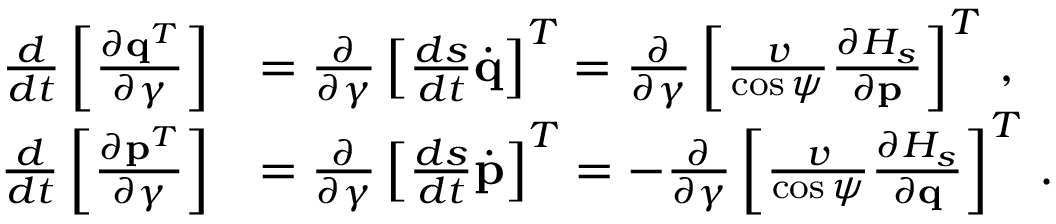
\begin{array} { r l } { \frac { d } { d t } \left[ \frac { \partial { \bf q } ^ { T } } { \partial \boldsymbol { \gamma } } \right] } & { = \frac { \partial } { \partial \boldsymbol { \gamma } } \left[ \frac { d s } { d t } \dot { \bf q } \right] ^ { T } = \frac { \partial } { \partial \boldsymbol { \gamma } } \left[ \frac { v } { \cos \psi } \frac { \partial { \cal H } _ { s } } { \partial { \bf p } } \right] ^ { T } \, , } \\ { \frac { d } { d t } \left[ \frac { \partial { \bf p } ^ { T } } { \partial \boldsymbol { \gamma } } \right] } & { = \frac { \partial } { \partial \boldsymbol { \gamma } } \left[ \frac { d s } { d t } \dot { \bf p } \right] ^ { T } = - \frac { \partial } { \partial \boldsymbol { \gamma } } \left[ \frac { v } { \cos \psi } \frac { \partial { \cal H } _ { s } } { \partial \bf { q } } \right] ^ { T } \, . } \end{array}